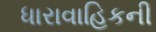
ધારાવાહિકની